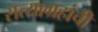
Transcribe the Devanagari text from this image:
सत्याग्रहांची